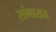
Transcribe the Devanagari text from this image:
सांगायच